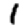
Digit: 1